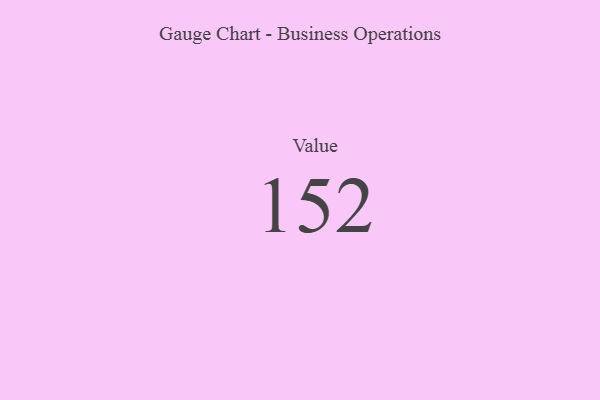
{"axis": {"x": "Metric", "y": "Value"}, "legend": [""], "data": [{"x": "Value", "y": 152, "type": ""}]}